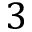
3